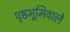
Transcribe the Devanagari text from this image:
पृष्ठभूमिवाले